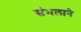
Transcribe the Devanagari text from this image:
संभलाने